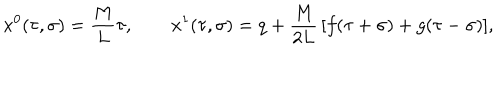
x ^ { 0 } ( \tau , \sigma ) = \frac M L \tau , \quad \quad x ^ { 1 } ( \tau , \sigma ) = q + \frac M { 2 L } \, [ f ( \tau + \sigma ) + g ( \tau - \sigma ) ] ,